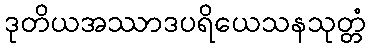
ဒုတိယအဿာဒပရိယေသနသုတ္တံ